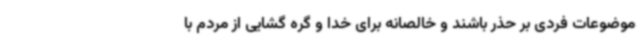
موضوعات فردی بر حذر باشند و خالصانه برای خدا و گره گشایی از مردم با